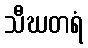
သီဃတရံ